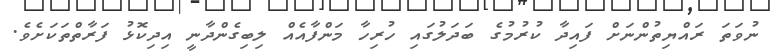
ނުވަތަ ރައްޔިތުންނަށް ފައިދާ ކުރުމުގެ ބަދަލުގައި ހުރިހާ މަންފާއެއް ލިބިގެންދާނީ އިދިކޮޅު ފަރާތްތަކަށެވެ.